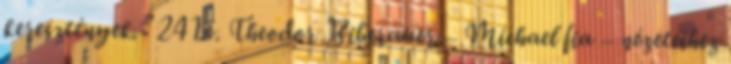
keresztények.” 241.o. Theodor Biberauer – Michael fia – nézeteihez